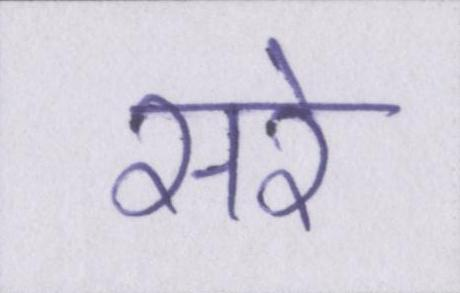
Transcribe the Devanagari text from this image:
सरे